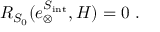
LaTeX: R _ { S _ { 0 } } ( e _ { \otimes } ^ { S _ { \mathrm { i n t } } } , H ) = 0 \ .